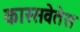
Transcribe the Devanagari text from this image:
कास्सवेतेस